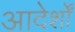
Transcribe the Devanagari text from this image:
आदेर्शों